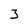
Character: 3